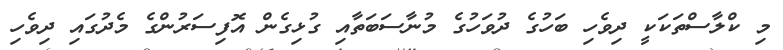
މި ކްލާސްތަކަކީ ދިވެހި ބަހުގެ ދުވަހުގެ މުނާސަބަތާއި ގުޅިގެން އޮފިސަރުންގެ މެދުގައި ދިވެހި